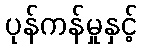
ပုန်ကန်မှုနှင့်